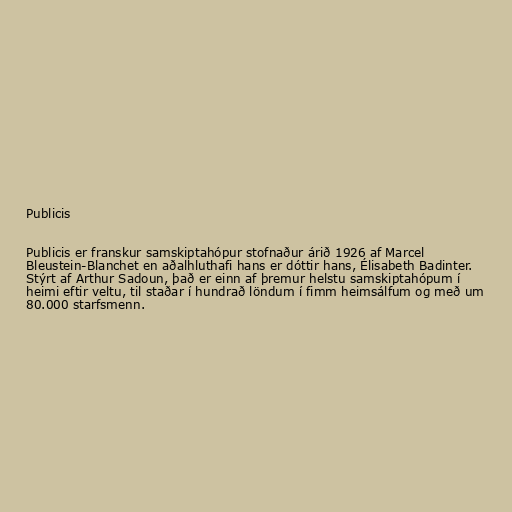
Publicis

Publicis er franskur samskiptahópur stofnaður árið 1926 af Marcel
Bleustein-Blanchet en aðalhluthafi hans er dóttir hans, Élisabeth Badinter.
Stýrt af Arthur Sadoun, það er einn af þremur helstu samskiptahópum í
heimi eftir veltu, til staðar í hundrað löndum í fimm heimsálfum og með um
80.000 starfsmenn.